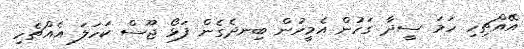
އޭއްޗިހި ހަމަ ސީދާ ގަހުން އެމީހުން ބިނދެގެން ފަޅޯ ޖޫސް ކަހަލަ އެއްޗެހި